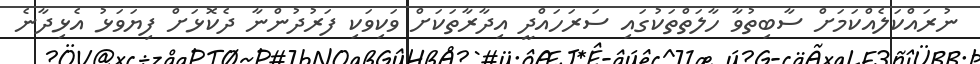
ނުރައްކަލެއްކަމަށް ސާބިތުވާ ހާލަތްތަކުގައި ސަރަހައްދީ އިދާރާތަކަށް ވަކިވަކި ފަރުދުންނާ ދެކޮޅަށް ފިޔަވަޅު އެޅިދާނެ